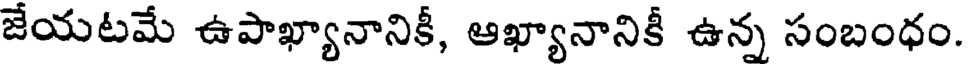
జేయటమే ఉపాఖ్యానానికీ, ఆఖ్యానానికీ ఉన్న సంబంధం.